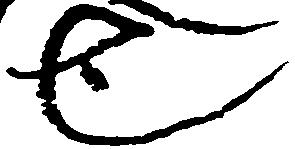
也